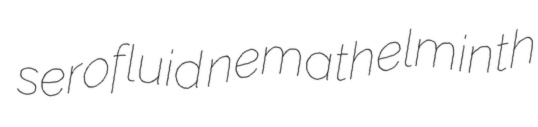
serofluid nemathelminth